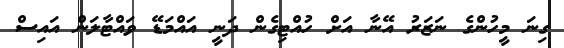
ގިނަ މީހުންގެ ނަޒަރު އޭނާ އަށް ހުއްޓިގެން ދަނީ އައްމަޑޭ ވައްޓާލަން އައިސް